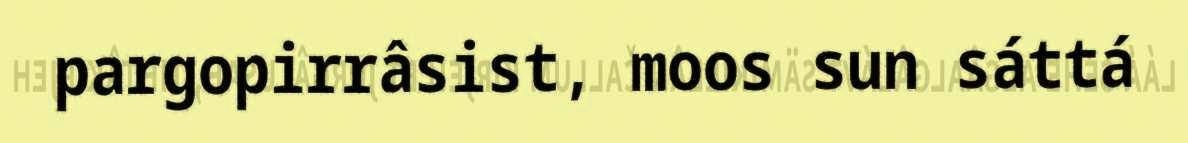
pargopirrâsist, moos sun sáttá